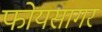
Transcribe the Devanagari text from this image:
फोयसागर